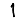
Digit: 1